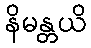
နိမန္တယိ